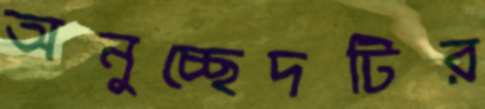
অনুচ্ছেদটির